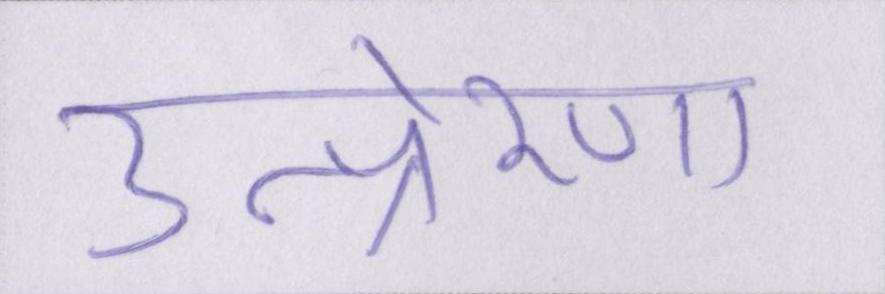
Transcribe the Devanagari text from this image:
उत्प्रेरणा